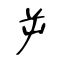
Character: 屰